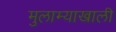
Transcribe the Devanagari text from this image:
मुलाम्याखाली